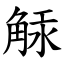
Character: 觨